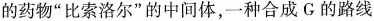
的药物”比索洛尔”的中间体，一种合成G的路线